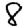
Digit: 8